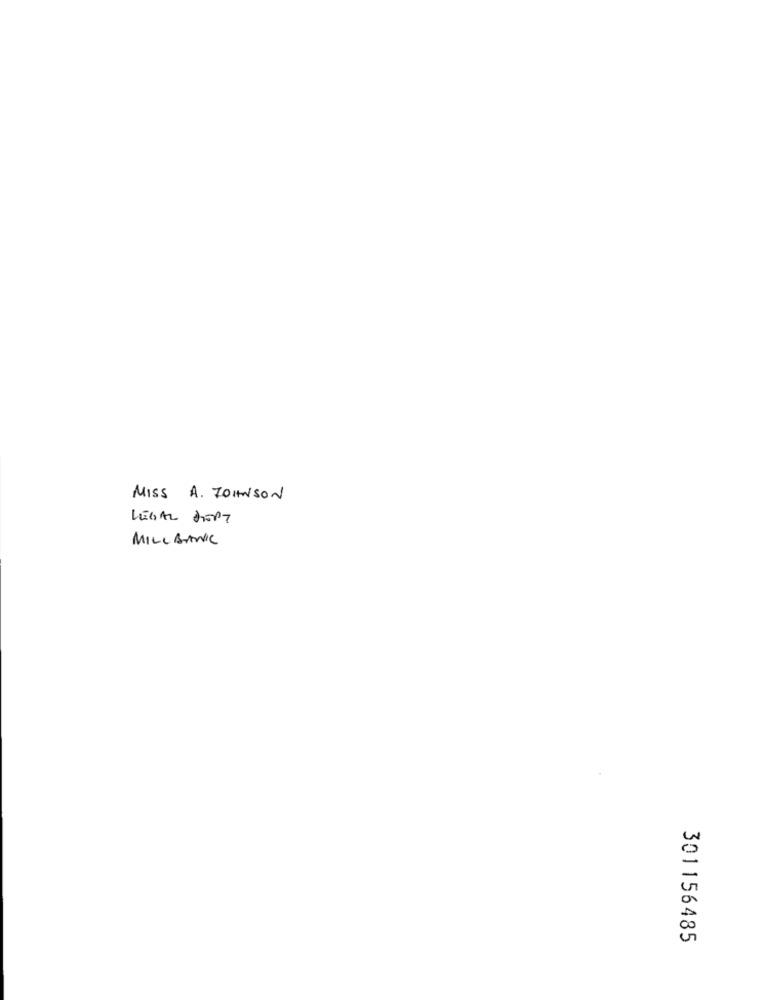
MISS A. JOHNSON
LEGAL SEPT
MILL BANIC
301156485